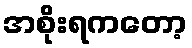
အစိုးရကတော့